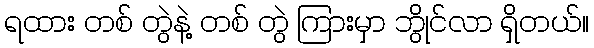
ရထား တစ် တွဲနဲ့ တစ် တွဲ ကြားမှာ ဘွိုင်လာ ရှိတယ်။